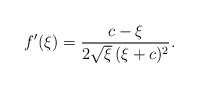
\begin{align*}f'(\xi ) = \frac{c-\xi }{2 \sqrt{\xi }\, (\xi +c)^2}.\end{align*}